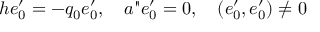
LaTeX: h e _ { 0 } ^ { \prime } = - q _ { 0 } e _ { 0 } ^ { \prime } , \quad a " e _ { 0 } ^ { \prime } = 0 , \quad ( e _ { 0 } ^ { \prime } , e _ { 0 } ^ { \prime } ) \neq 0